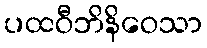
ပထဝီဘိနိဝေသာ